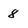
Character: 8